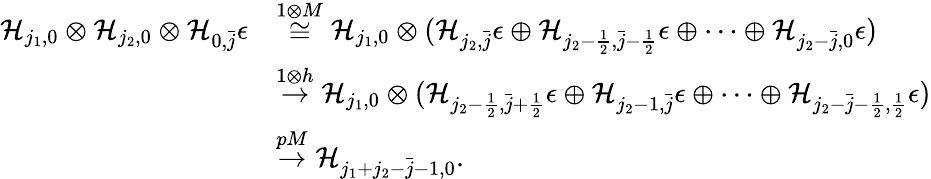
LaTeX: \begin{array}{rl}{\mathcal{H}_{j_{1},0}\otimes\mathcal{H}_{j_{2},0}\otimes\mathcal{H}_{0,\bar{j}}\epsilon}&{\overset{1\otimes M}{\cong}\mathcal{H}_{j_{1},0}\otimes(\mathcal{H}_{j_{2},\bar{j}}\epsilon\oplus\mathcal{H}_{j_{2}-\frac{1}{2},\bar{j}-\frac{1}{2}}\epsilon\oplus\dots\oplus\mathcal{H}_{j_{2}-\bar{j},0}\epsilon)}\\ &{\overset{1\otimes h}{\to}\mathcal{H}_{j_{1},0}\otimes(\mathcal{H}_{j_{2}-\frac{1}{2},\bar{j}+\frac{1}{2}}\epsilon\oplus\mathcal{H}_{j_{2}-1,\bar{j}}\epsilon\oplus\dots\oplus\mathcal{H}_{j_{2}-\bar{j}-\frac{1}{2},\frac{1}{2}}\epsilon)}\\ &{\overset{pM}{\to}\mathcal{H}_{j_{1}+j_{2}-\bar{j}-1,0}.}\end{array}